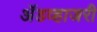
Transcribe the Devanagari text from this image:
ॲडव्हाजरी